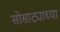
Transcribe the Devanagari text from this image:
सोसाट्याच्या